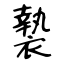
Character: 褺